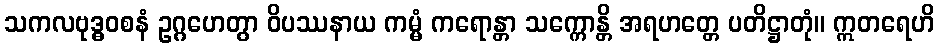
သကလဗုဒ္ဓဝစနံ ဥဂ္ဂဟေတွာ ဝိပဿနာယ ကမ္မံ ကရောန္တာ သက္ကောန္တိ အရဟတ္တေ ပတိဋ္ဌာတုံ။ ဣတရေဟိ